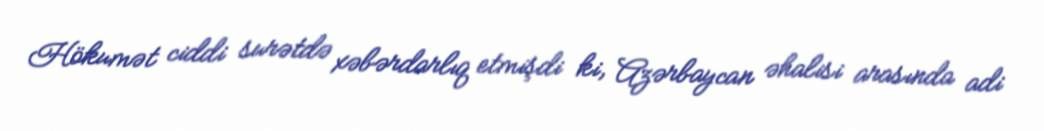
Hökumət ciddi surətdə xəbərdarlıq etmişdi ki, Azərbaycan əhalisi arasında adi